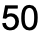
50